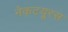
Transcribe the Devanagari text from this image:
नेकटयूरस